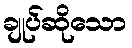
ချုပ်ဆိုသော